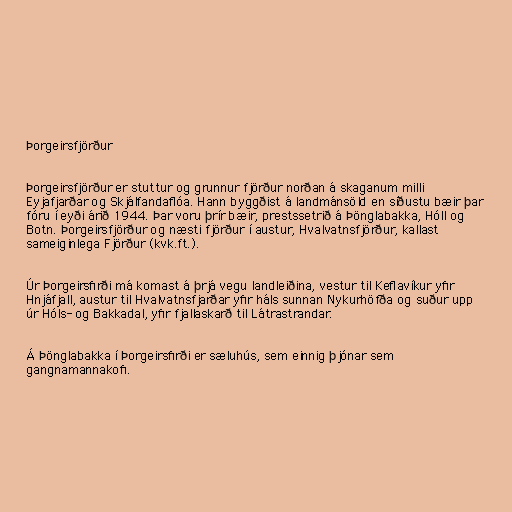
Þorgeirsfjörður

Þorgeirsfjörður er stuttur og grunnur fjörður norðan á skaganum milli
Eyjafjarðar og Skjálfandaflóa. Hann byggðist á landmánsöld en síðustu bæir þar
fóru í eyði árið 1944. Þar voru þrír bæir, prestssetrið á Þönglabakka, Hóll og
Botn. Þorgeirsfjörður og næsti fjörður í austur, Hvalvatnsfjörður, kallast
sameiginlega Fjörður (kvk.ft.).

Úr Þorgeirsfirði má komast á þrjá vegu landleiðina, vestur til Keflavíkur yfir
Hnjáfjall, austur til Hvalvatnsfjarðar yfir háls sunnan Nykurhöfða og suður upp
úr Hóls- og Bakkadal, yfir fjallaskarð til Látrastrandar.

Á Þönglabakka í Þorgeirsfirði er sæluhús, sem einnig þjónar sem
gangnamannakofi.